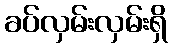
ခပ်လှမ်းလှမ်းရှိ